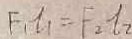
F _ { 1 } l _ { 1 } = F _ { 2 } t _ { 2 }